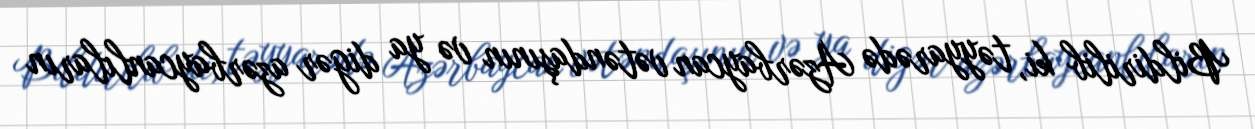
Bildirilib ki, təyyarədə Azərbaycan vətəndaşının və ya digər azərbaycanlıların